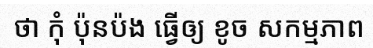
ថា កុំ ប៉ុនប៉ង ធ្វើឲ្យ ខូច សកម្មភាព